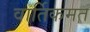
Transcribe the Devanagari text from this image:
वार्तिकमत